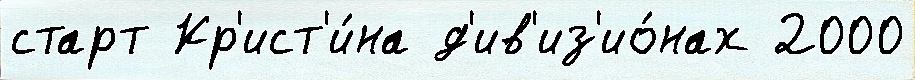
старт Кр'ист'и́на д'ив'из'ио́нах 2000